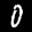
Label: 0